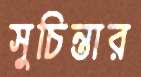
সুচিন্তার